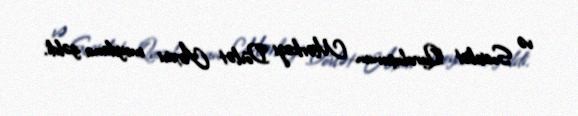
və Sosialist Quruluşunun Mərkəzi Dövlət Arxivi meydana gəldi.